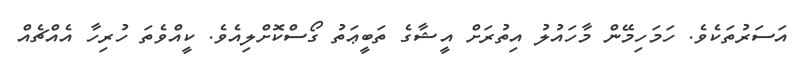
އަސަރުތަކެވެ. ހަމަހިމޭން މާހައުލު އިތުރަށް އީޝާގެ ތަބީޢަތު ގޯސްކޮށްލިއެވެ. ކީއްވެތަ ހުރިހާ އެއްޗެއް